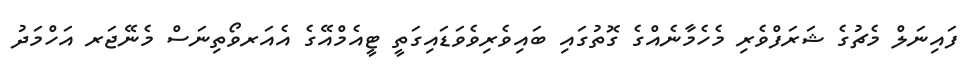
ފައިނަލް މެޗުގެ ޝަރަފްވެރި މެހެމާނެއްގެ ގޮތުގައި ބައިވެރިވެވަޑައިގަތީ ޓީއެމްއޭގެ އެއަރވޯތިނަސް މެނޭޖަރ އަހްމަދު